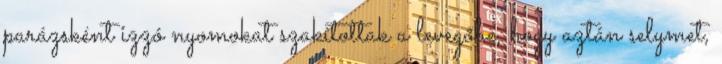
parázsként izzó nyomokat szakítottak a levegőbe, hogy aztán selymet,